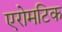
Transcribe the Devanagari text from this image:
एरोमटिक